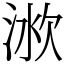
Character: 𣶛